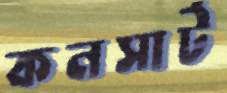
কনসার্ট